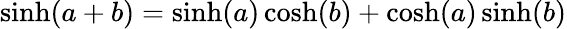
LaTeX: \mathrm{sinh}(a+b)=\mathrm{sinh}(a)\, \mathrm{cosh}(b)+\mathrm{cosh}(a)\, \mathrm{sinh}(b)